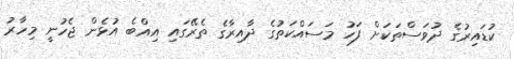
ކުޑައިރުގެ ދުވަސްތަކަށް ފަހު މަސައްކަތުގެ ދާއިރާގެ ތެރޭގައި އިއްބެ އުޅެން ޖެހުނީ މިހާރު